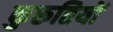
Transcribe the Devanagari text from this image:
कुरुतियों